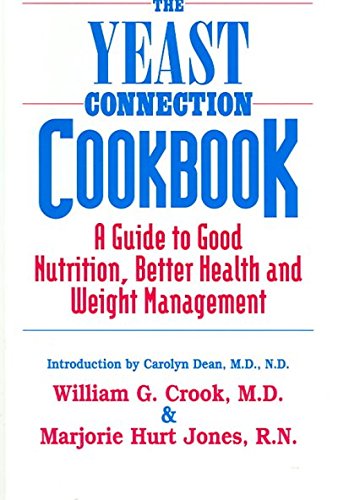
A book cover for The Yeast Connection Cookbook: A Guide to Good Nutrition and Better Health The Yeast Connection Coo; William G./ Jones, Marjorie Hurt Crook; Health, Fitness & Dieting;